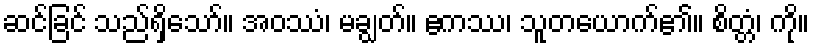
ဆင်ခြင် သည်ရှိသော်။ အဝဿံ၊ မချွတ်။ ဧကဿ၊ သူတယောက်၏။ စိတ္တံ၊ ကို။